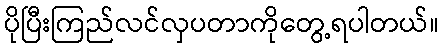
ပိုပြီးကြည်လင်လှပတာကိုတွေ့ရပါတယ်။